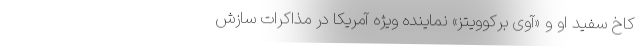
کاخ سفید او و «آوی برکوویتز» نماینده ویژه آمریکا در مذاکرات سازش